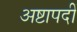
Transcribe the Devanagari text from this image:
अष्टापदीं